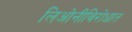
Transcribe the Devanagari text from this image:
लिओनीविरोधात